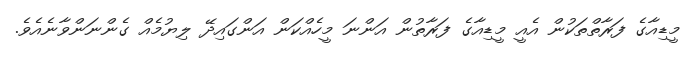
މީޑިއާގެ ފަރާތްތަކުން އެއީ މީޑިއާގެ ފަރާތުން އަންނަ މީހެއްކަން އަންގައިދޭ ލިޔުމެއް ގެންނަންވާނެއެވެ.